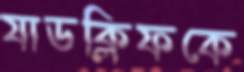
যাডক্লিফকে